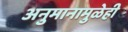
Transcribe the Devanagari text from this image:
अनुमानामुळेही